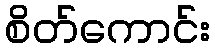
စိတ်ကောင်း